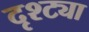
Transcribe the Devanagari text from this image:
दृश्ट्या